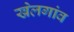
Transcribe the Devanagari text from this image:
खेलगांव